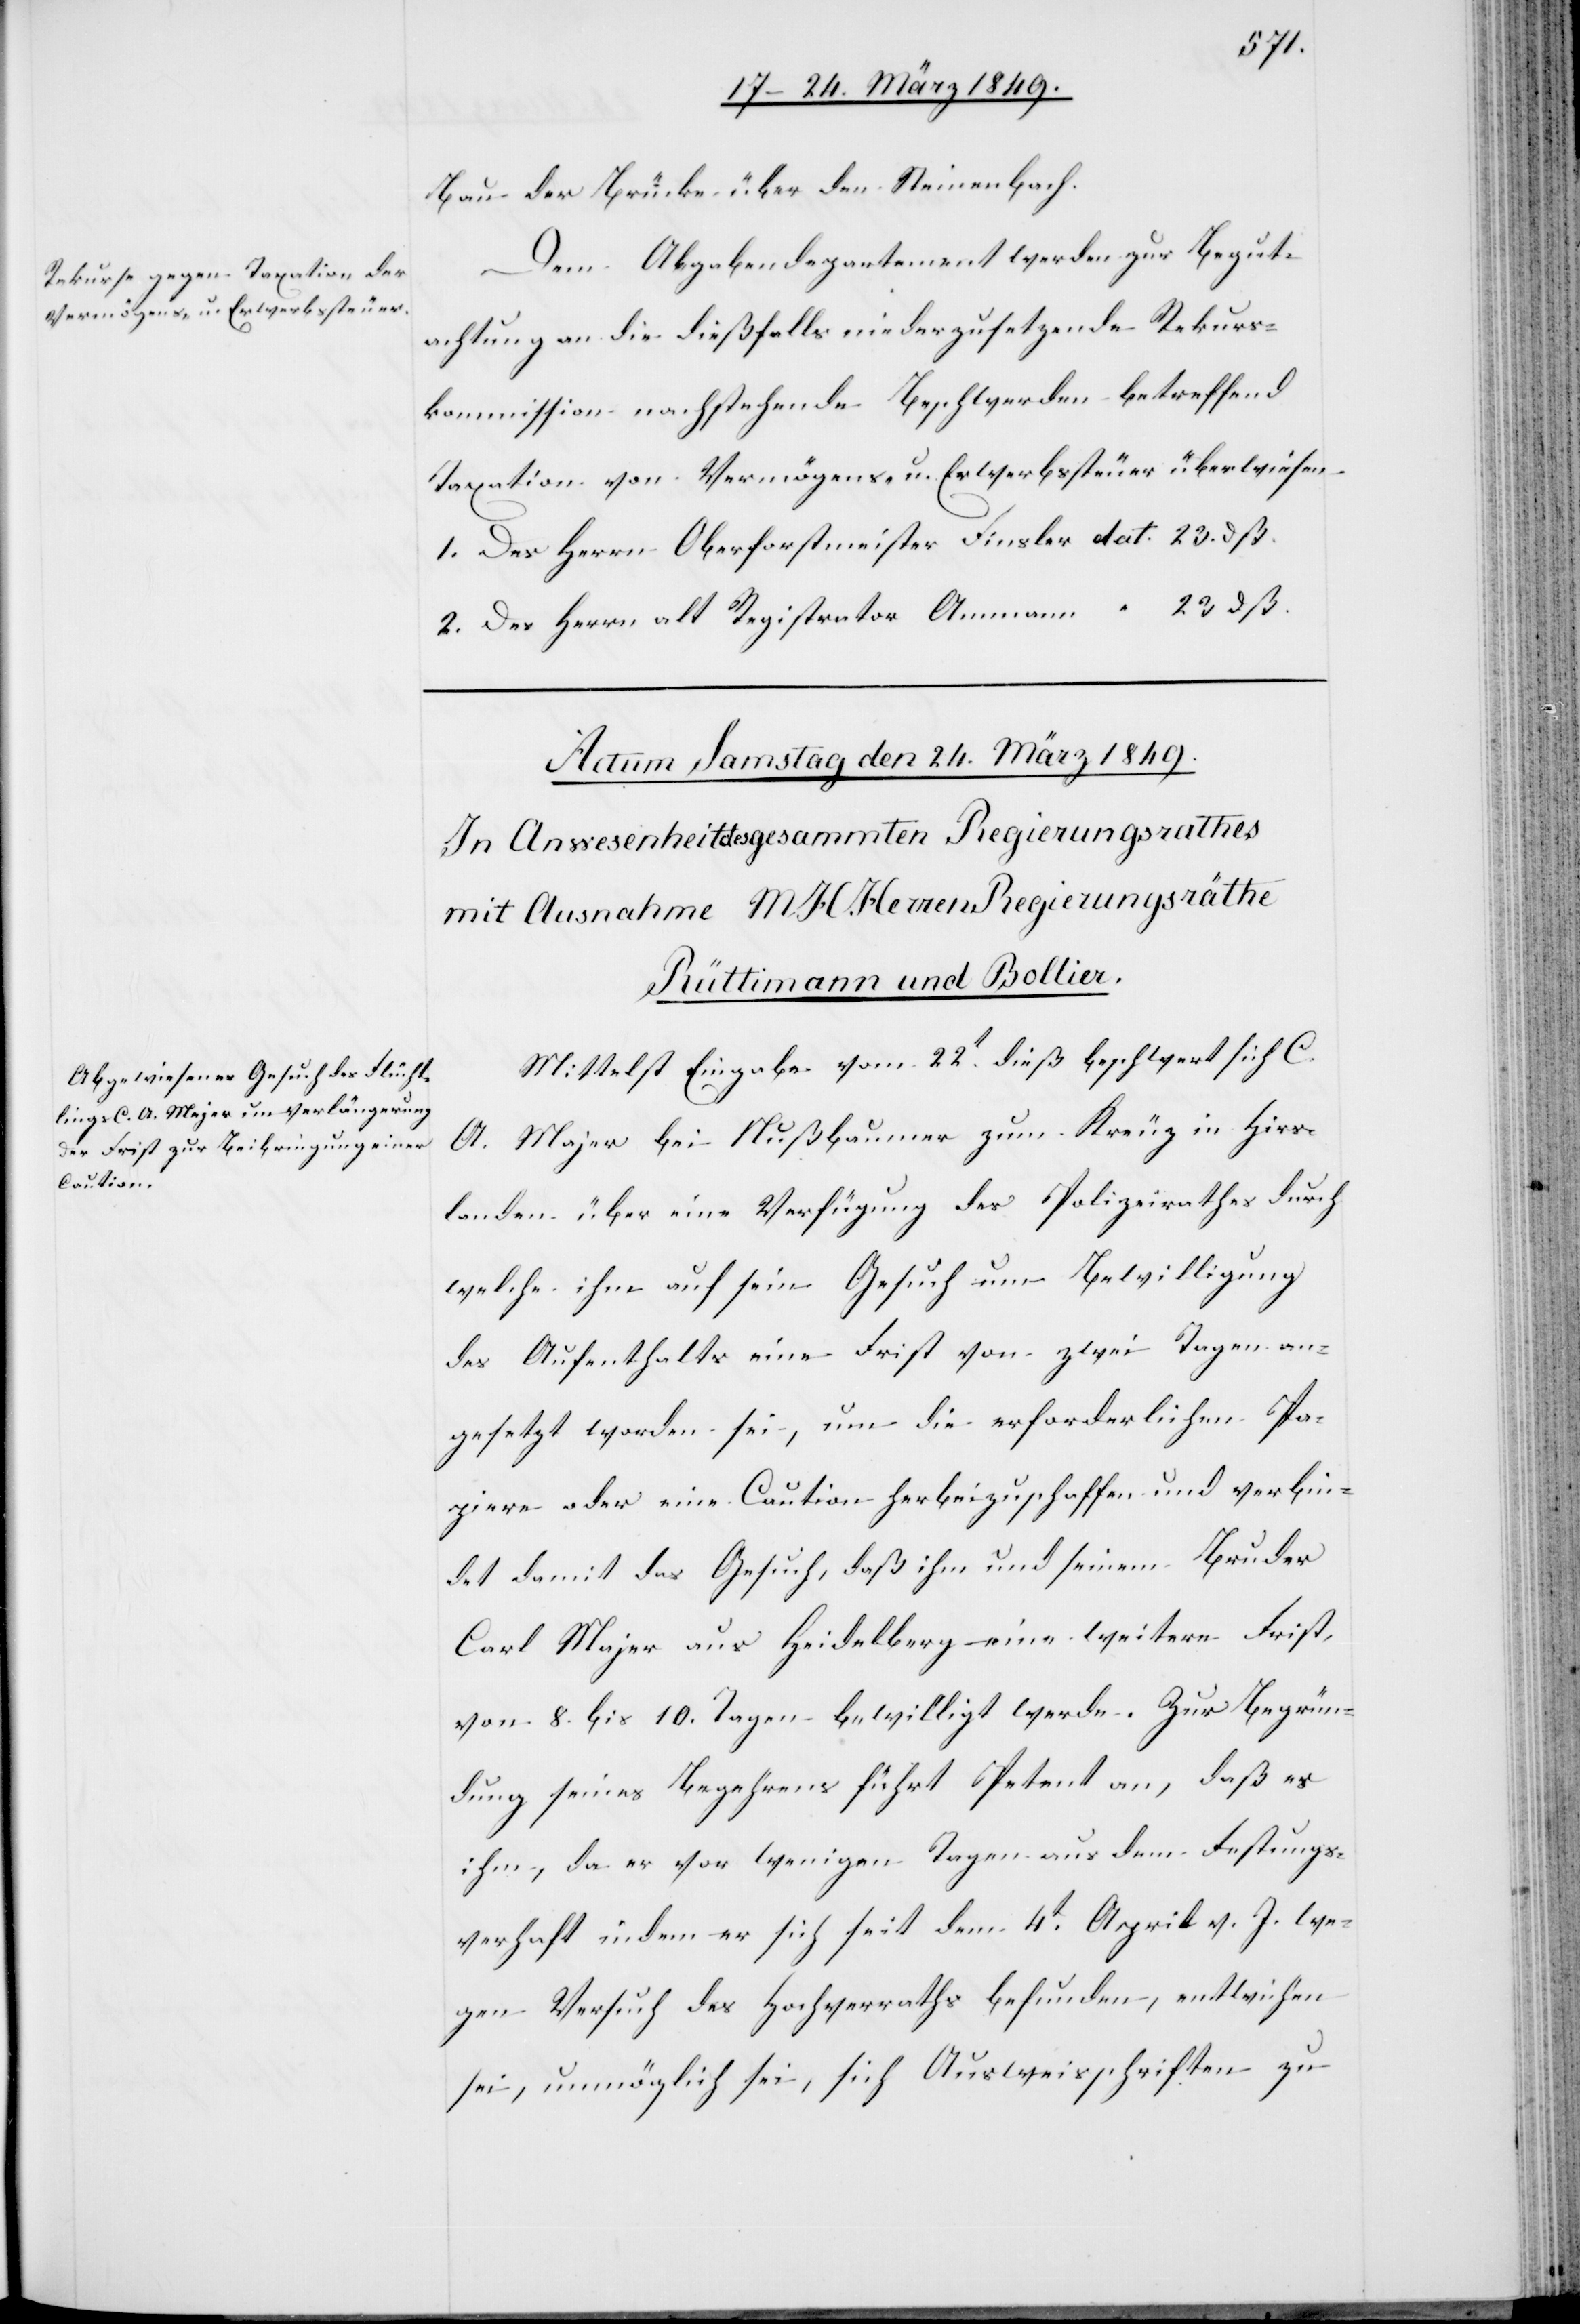
den 23. März 1849.]
Bau der Brücke über den Steinenbach.
Dem Abgagendepartement werden zur Begut¬
achtung an die dießfalls niederzusetzende Rekurs¬
kommission nachstehende Beschwerden betreffend
Taxation von Vermögens- u. Erwerbssteuer überwiesen
1. Des Herrn Oberforstmeister Finsler dat. 23. dß.
23 dß.
2. Des Herrn alt Registrator Ammann
Mittelst Eingabe vom 22t. dieß beschwert sich C.
A. Majer [sic!] bei Nußbaumer zum Kreuz in Hirs¬
landen über eine Verfügung des Polizeirathes durch
welche ihm auf sein Gesuch um Bewilligung
des Aufenthalts eine Frist von zwei Tagen an¬
gesetzt worden sei, um die erforderlichen Pa¬
piere oder eine Caution herbeizuschaffen und verbin¬
det damit das Gesuch, daß ihm und seinem Bruder
Carl Majer aus Heidelberg eine weitere Frist,
von 8. bis 10. Tagen bewilligt werde. Zur Begrün¬
dung seines Begehrens führt Petent an, daß es
ihm, da er vor wenigen Tagen aus dem Festungs¬
verhaft in dem er sich seit dem 4t. April v. J. we¬
gen Versuch des Hochverraths befunden, entwichen
sei, unmöglich sei, sich Ausweisschriften zu